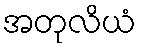
အတုလိယံ